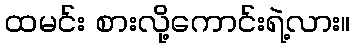
ထမင်း စားလို့ကောင်းရဲ့လား။